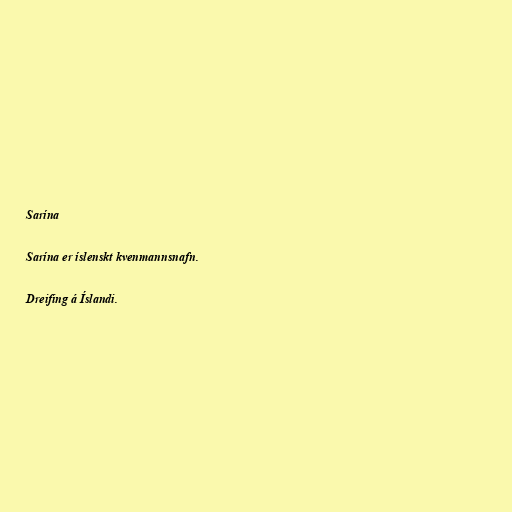
Sarína

Sarína er íslenskt kvenmannsnafn.

Dreifing á Íslandi.